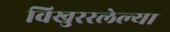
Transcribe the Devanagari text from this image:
विखुररलेल्या